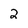
Character: 2